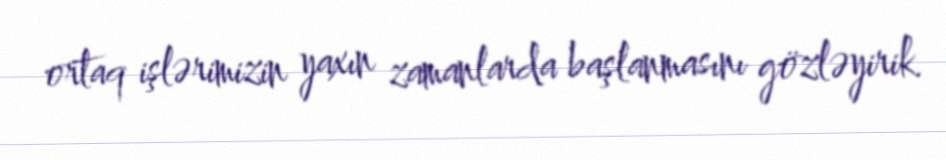
ortaq işlərimizin yaxın zamanlarda başlanmasını gözləyirik.